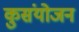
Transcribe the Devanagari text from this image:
कुसंयोजन